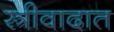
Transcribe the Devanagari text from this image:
स्त्रीवादात